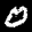
Label: 0